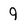
Character: 9